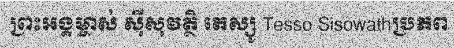
ព្រះអង្គម្ចាស់ ស៊ីសុវត្ថិ តេស្សូ Tesso Sisowathប្រភព